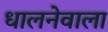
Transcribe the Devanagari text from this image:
धालनेवाला